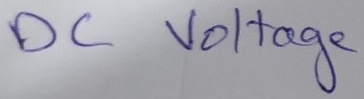
Text: DC Voltage